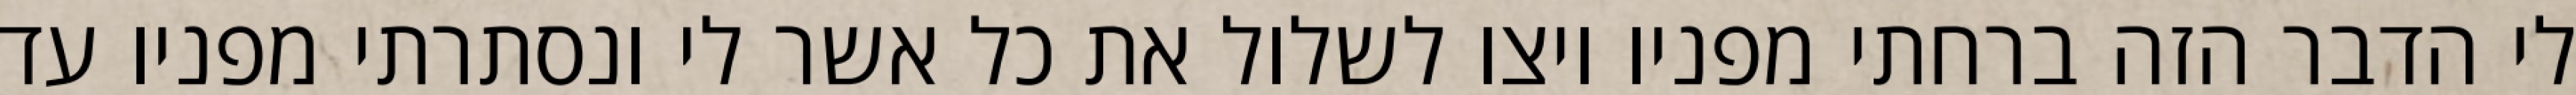
לי הדבר הזה ברחתי מפניו ויצו לשלול את כל אשר לי ונסתרתי מפניו עד